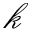
\mathcal { k }